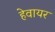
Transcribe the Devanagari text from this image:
हेवायर